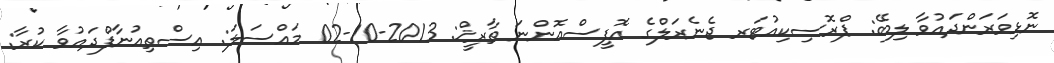
ނޮޅިވަރަންދައުވާ ލިބޭ: ޕްރޮސިކިއުޓަރ ޖެނެރަލްގެ އޮފީސްއޮންނަ ތާރީޚް: 2013-10-02 މައްސަލަ: އިސްތިއުނާފްދައުވާ ކުރާ: